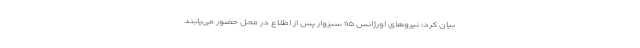
بیان کرد: نیروهای اورژانس ۱۱۵ سبزوار پس از اطلاع در محل حضور می‌یابند